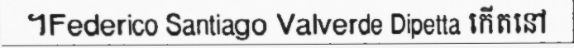
។Federico Santiago Valverde Dipetta កើតនៅ